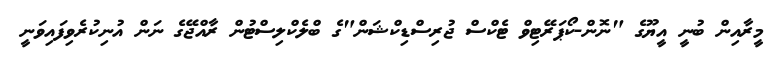
މީރާއިން ބުނީ އީޔޫގެ "ނޮން-ކޯޕަރޭޓިވް ޓެކްސް ޖުރިސްޑިކްޝަން"ގެ ބްލެކްލިސްޓުން ރާއްޖޭގެ ނަން އުނިކުރެވިފައިވަނީ